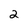
Character: 2